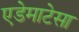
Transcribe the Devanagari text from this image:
एडेमाटेसा